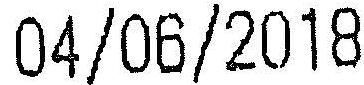
04/06/2018